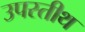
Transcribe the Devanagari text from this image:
उपस्तीथ